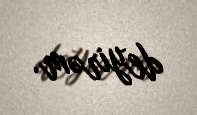
deyirəm.